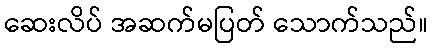
ဆေးလိပ် အဆက်မပြတ် သောက်သည်။